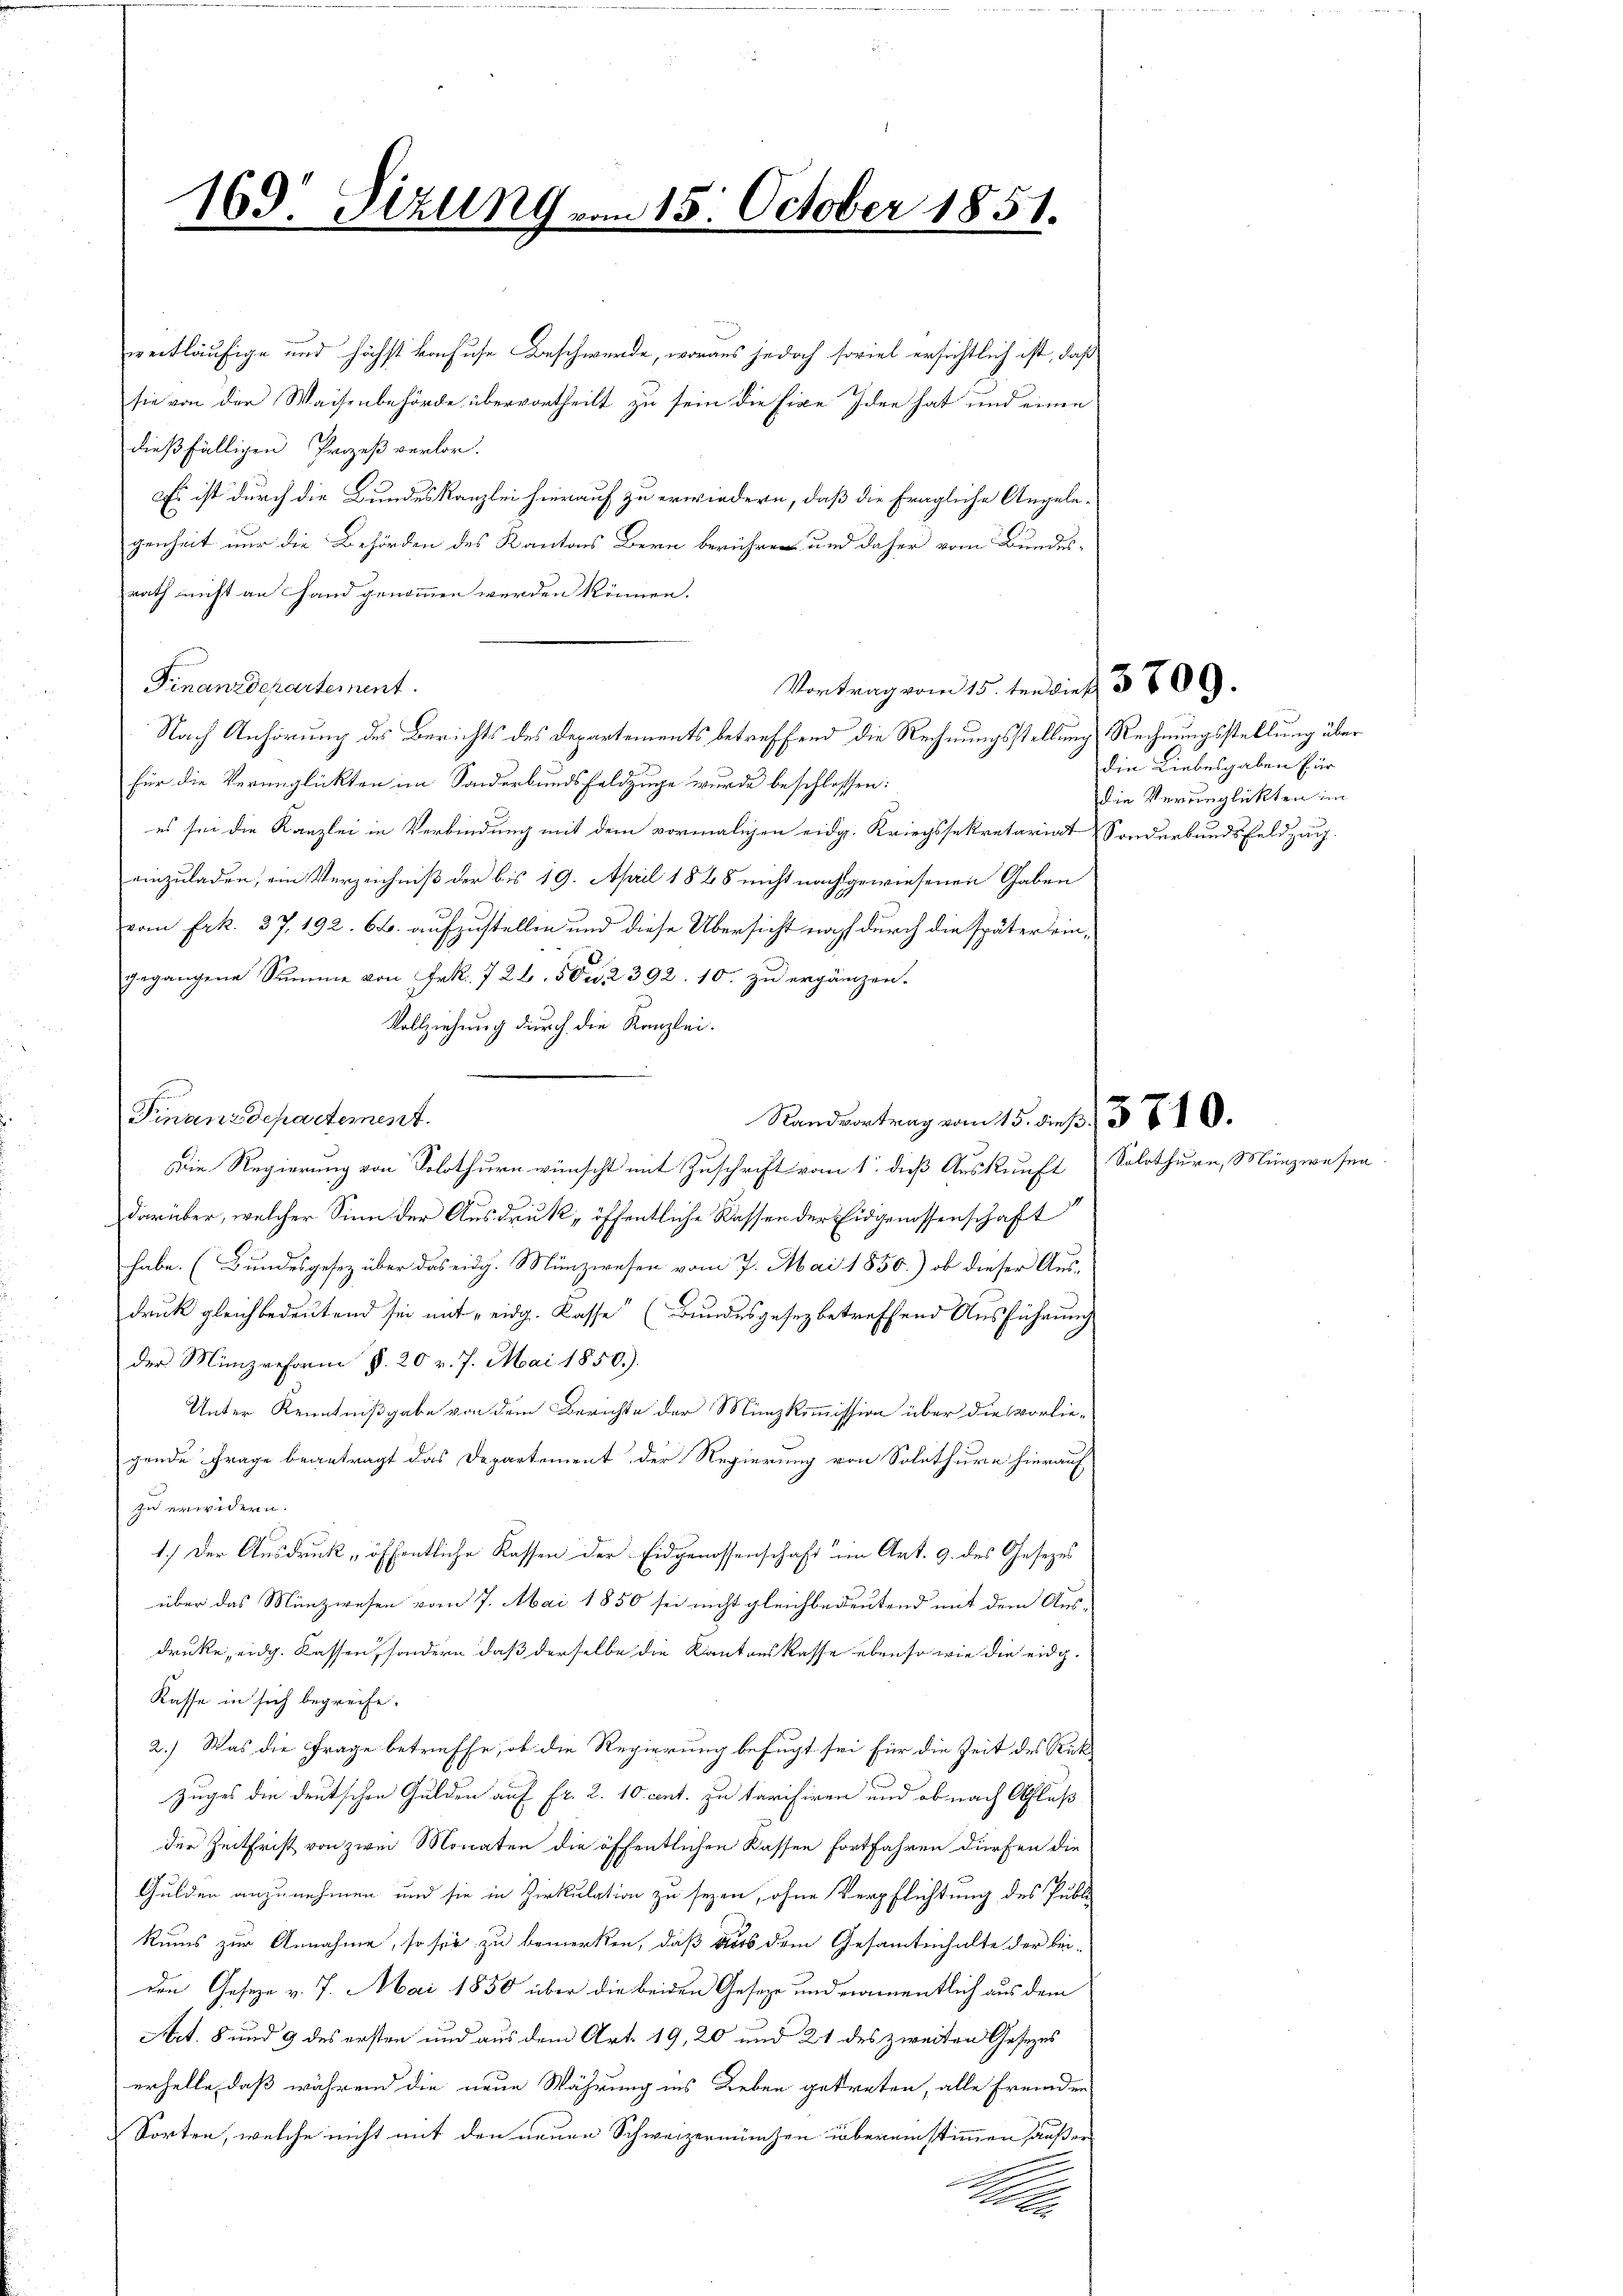
169. Sizung vom 15. October 1851.

weitläufige und höchst konfuse Beschwerde, woraus jedoch soviel ersichtlich ist, daß
sie von der Waisenbehörde übervortheilt zu sein die fixe Idee hat und einen
dießfälligen Prozeß verlor.
Es ist durch die Bundeskanzlei hierauf zu erwiedern, daß die fragliche Angelegenheit nur die Behörden des Kantons Bern berühren und daher vom Bundes-
rath nicht an Hand genommen werden können.
Finanzdepartement.
Nach Anhörung des Berichts des Departements betreffend die Rechnungsstellung Rechnungsstellung über
für die Verunglickten im Sonderbundsfeldzuge wurde beschlossen:
es sei die Kanzlei in Verbindung mit dem vormaligen eidg. Kriegssekretariat Sonderbundsfeldzug.
einzuladen, ein Verzeichniß der bis 19. April 1848 nicht nachgewiesenen Gaben
9.
vom Frk. 37. 192. 6. aufzustellen und diese Übersicht noch durch die später bringegangene Summe von Frk. 726. 502. 2392. 10. zu ergänzen.
Vollziehung durch die Kanzlei.
Finanzdepartement.
Randvortrag vom 15. dieß. 58. 10.
Die Regierung von Solothurn wünscht mit Zuschrift vom 1. dieß Auskunft Solothurn, Münz-
darüber, welcher Sinn der Ausdruck, öffentliche Kassen der Eidgenossenschaft
habe. (Bundesgesez über das eidg. Münzwesen vom 7. Mai 1850.) ob dieser Ausdruck gleich bedeutend sei mit eidg. Kasse (Bundesgesez betreffend Ausführung
der Münzreform §. 20 v. 7. Mai 1850.)
Unter Kenntnißgabe von dem Berichte der Münzkommission über die vorliegende Frage beantragt das Departement der Regierung von Solothurn hierauf
zu erwidern.
1.) Der Ausdruck „öffentliche Kassen der Eidgenossenschaft im Art. 9. des Gesezes
über das Münzwesen vom 7. Mai 1850 sei nicht gleichbedeutend mit dem Aus-
druke, eidg. Kassen, sondern daß derselbe die Kantonskasse ebenso wie die eidg.
Kasse in sich begreife.
2.) Was die Frage betreffe, ob die Regierung befugt sei für die Zeit des Rück¬
Zuges die deutschen Gulden auf Fr. 2. 10. cent. zu tarisiren und ob nach Schluß
der Zeitfrist von zwei Monaten die öffentlichen Kassen fortfahren dürfen die
Gulden anzunehmen und sie in Zirkulation zu seyen, ohne Verpflichtung des Publi
kums zur Annahme, so sie zu bemerken, daß aus dem Gesamtinhalte der bei-
den Gesetze v. 7. Mai 1850 über die beiden Gesetze und namentlich aus dem
Art. 8 und 9 des ersten und aus dem Art. 19, 20 und 21 des zweiten Gesetzes
erhelle, daß während die neue Währung ins Leben getreten, alle Fremden
Sorten, welche nicht mit den neuen Schweizermünzen übereinstimmen außer
d

Vortrag vom 15.ten dieß 380.

die Liebesgaben für
die Verunglückten im